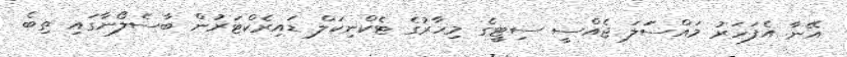
އޭނާ އެފަހަރު މައްސަަލަ ޖެއްސީ ސިޓީގެ މިހާރުގެ ޓެކްނިކަލް ޑައިރެކްޓަރުން ބާސެލޯނާގައި ތިބެ